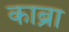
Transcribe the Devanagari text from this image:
काब्रा